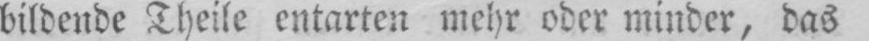
bildende Theile entarten mehr oder minder, das